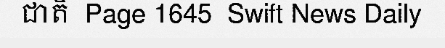
ជាតិ  Page 1645  Swift News Daily